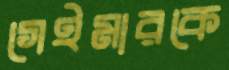
গেইমারকে